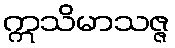
ဣသိမာသဇ္ဇ